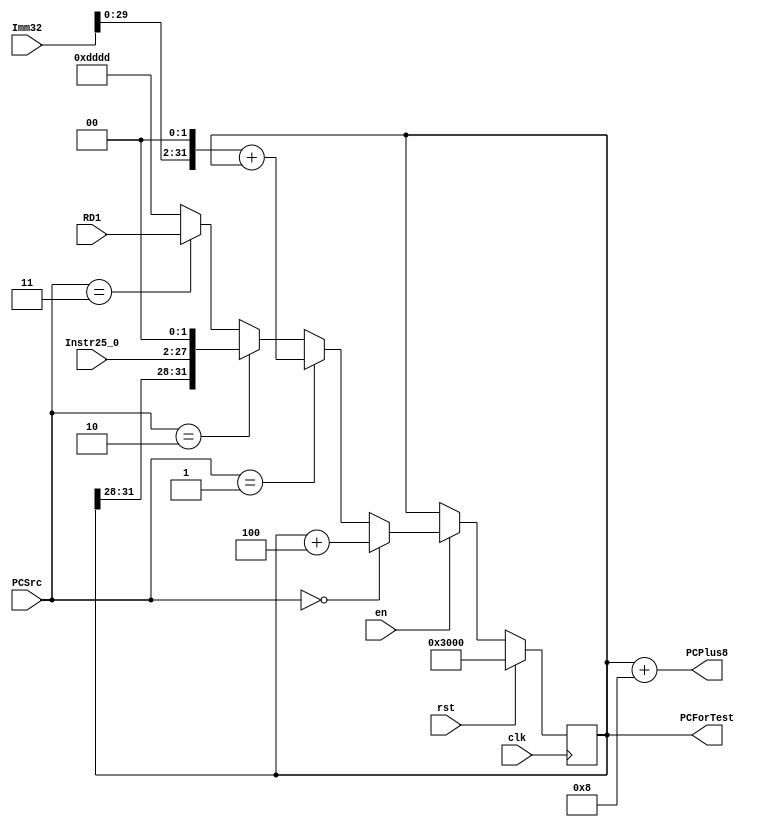
`timescale 1ns / 1ps
`default_nettype none 
module IFU (
    input wire clk, rst, en,
    input wire [31:0] Imm32,
    input wire [25:0] Instr25_0,
    input wire [31:0] RD1,
    input wire [2:0] PCSrc,
    output wire [31:0] PCPlus8,
    output wire [31:0] PCForTest
);
    reg [31:0] PC;
    assign PCForTest = PC;
    reg [31:0] PCPlus4Reg, PCPlus8Reg, PCBranchReg, PCJumpReg, PCRegReg;
    wire [31:0] muxResult;
    assign PCPlus8 = PCPlus8Reg;

    always @(*) begin
        PCPlus4Reg = PC + 32'd4;
        PCPlus8Reg = PC + 32'd8;
        PCBranchReg = {{Imm32[29:0]}, 2'b00} + PC;
        PCJumpReg = {{PC[31:28]}, {Instr25_0}, 2'b00};
        PCRegReg = RD1;
    end

    assign muxResult =  (PCSrc == 3'b000) ? PCPlus4Reg :
                        (PCSrc == 3'b001) ? PCBranchReg :
                        (PCSrc == 3'b010) ? PCJumpReg :
                        (PCSrc == 3'b011) ? PCRegReg : 32'hdddd;
    
    always @(posedge clk) begin
        if (rst) begin
            PC <= 32'h00003000;
        end else if (en) begin
            PC <= muxResult;
        end
    end
    
endmodule